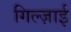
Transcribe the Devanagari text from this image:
गिल्ज़ाई